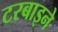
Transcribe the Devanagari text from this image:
टरबाइने